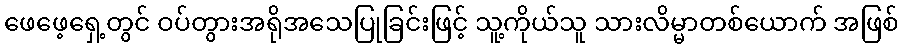
ဖေဖေ့ရှေ့တွင် ဝပ်တွားအရိုအသေပြုခြင်းဖြင့် သူ့ကိုယ်သူ သားလိမ္မာတစ်ယောက် အဖြစ်